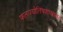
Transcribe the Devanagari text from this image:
फलज्योतिषशास्त्रावर